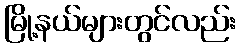
မြို့နယ်များတွင်လည်း